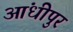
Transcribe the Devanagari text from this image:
आंधीपुर